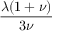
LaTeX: \frac { \lambda ( 1 + \nu ) } { 3 \nu }